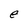
Character: e